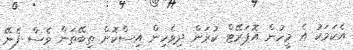
އެކަމަކު އެ މީހުން އޮޕަރޭޓް ކުރަން ދިވެހިން އިސްކޮށް ތިބޭތަން ވެސް ފެނޭ